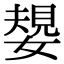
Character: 嫢